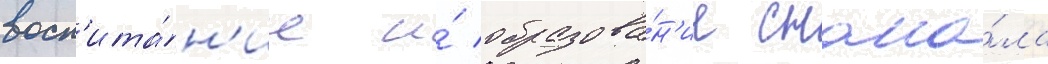
восп'ита́н'ие и́ образова́н'ие снача́ла